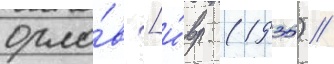
орло́в [и́вр. (1935) //